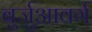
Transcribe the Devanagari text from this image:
बुर्जुआवर्ग